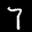
Label: 7